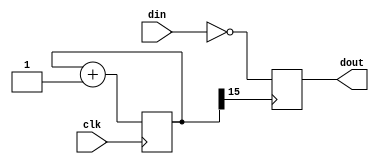
//`timescale 1ns/1ms

module Unchatter(din, clk, dout);
	input din;
	input clk;
	output dout;
	reg [15:0] cnt = 0;
	reg dff = 0;
	
	always @(posedge clk) begin
		cnt = cnt + 16'd1;
	end
	
	always @(posedge cnt[15]) begin
		dff = ~din;
	end
	
	assign dout=dff;
endmodule